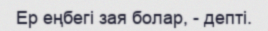
Ер еңбегі зая болар, - депті.